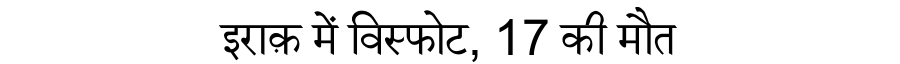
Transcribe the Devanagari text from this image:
इराक़ में विस्फोट, 17 की मौत